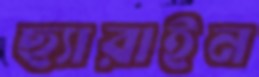
ছ্যারাইন